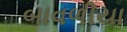
બાવળીયા